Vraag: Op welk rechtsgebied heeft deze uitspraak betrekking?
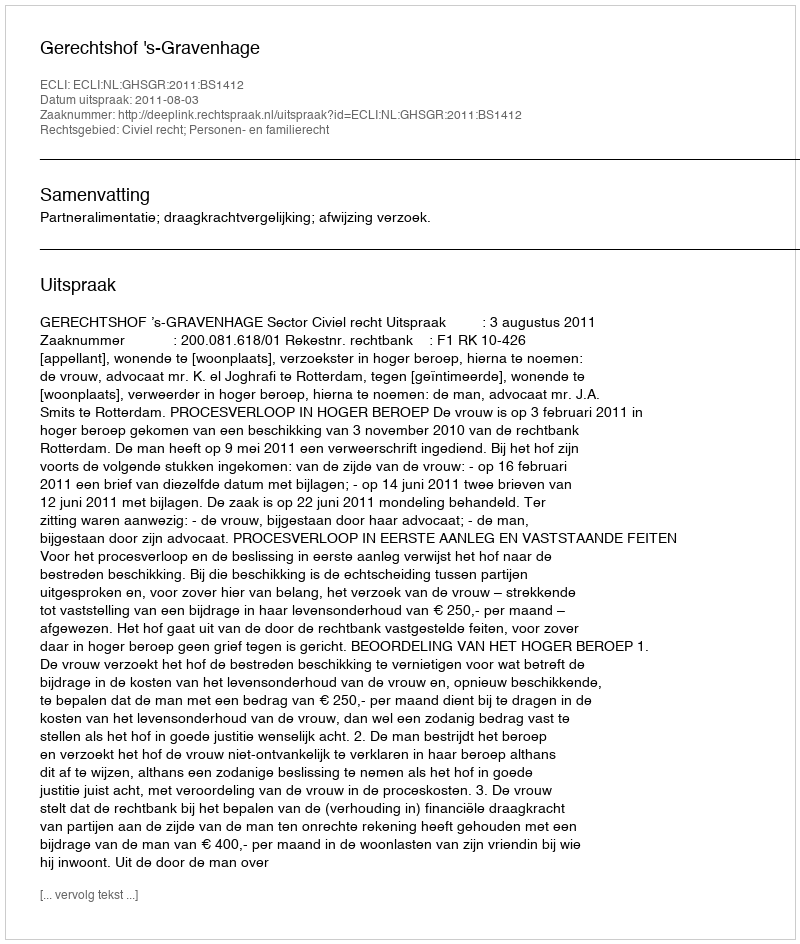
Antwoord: Civiel recht; Personen- en familierecht